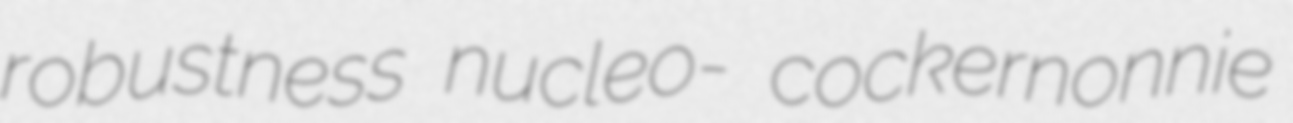
robustness nucleo- cockernonnie